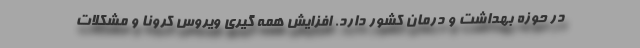
در حوزه بهداشت و درمان کشور دارد. افزایش همه گیری ویروس کرونا و مشکلات